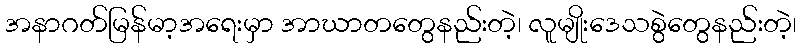
အနာဂတ်မြန်မာ့အရေးမှာ အာဃာတတွေနည်းတဲ့၊ လူမျိုးဒေသစွဲတွေနည်းတဲ့၊